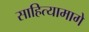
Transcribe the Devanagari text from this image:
साहित्यामागे